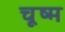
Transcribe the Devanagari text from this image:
चूष्म